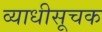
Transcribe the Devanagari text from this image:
व्याधीसूचक